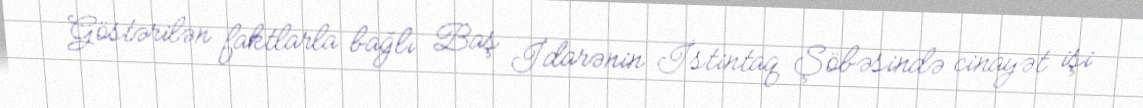
Göstərilən faktlarla bağlı Baş İdarənin İstintaq Şöbəsində cinayət işi